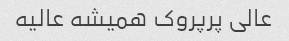
عالی پرپروک همیشه عالیه